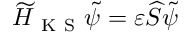
\widetilde H _ { \mathrm { ~ K ~ S ~ } } \tilde { \psi } = \varepsilon \widehat { S } \tilde { \psi }